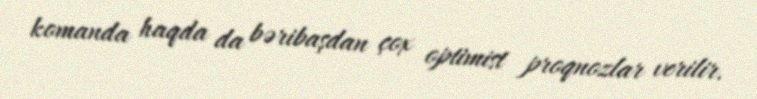
komanda haqda da bəribaşdan çox optimist proqnozlar verilir.